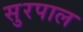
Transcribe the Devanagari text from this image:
सुरपाल